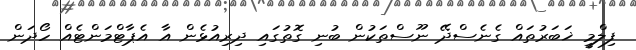
ފިލްމީ ޚަބަރުތައް ގެނެސްދޭ ނޫސްތަކުން ބުނި ގޮތުގައި ދިރިއުޅެން އާ އެޕާޓްމަންޓެއް ހޯދަން